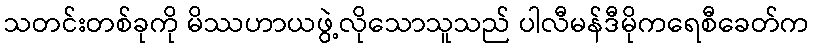
သတင်းတစ်ခုကို မိဿဟာယဖွဲ့လိုသောသူသည် ပါလီမန်ဒီမိုကရေစီခေတ်က